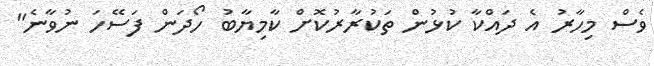
ވެސް މިހާރު އެ ދައްކާ ކުޅުން ތަކުރާރުކޮށް ކާމިޔާބު ހޯދަން ފަސޭހަ ނުވާނެ"